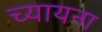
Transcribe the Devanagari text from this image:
च्यायना